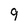
Character: 9